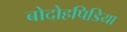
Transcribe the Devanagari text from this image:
बोदोहपिडिया